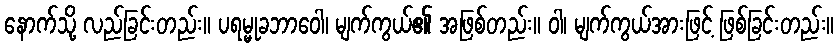
နောက်သို့ လည်ခြင်းတည်း။ ပရမ္မုခဘာဝေါ၊ မျက်ကွယ်၏ အဖြစ်တည်း။ ဝါ၊ မျက်ကွယ်အားဖြင့် ဖြစ်ခြင်းတည်း။